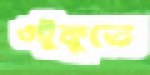
ওটুকুতে